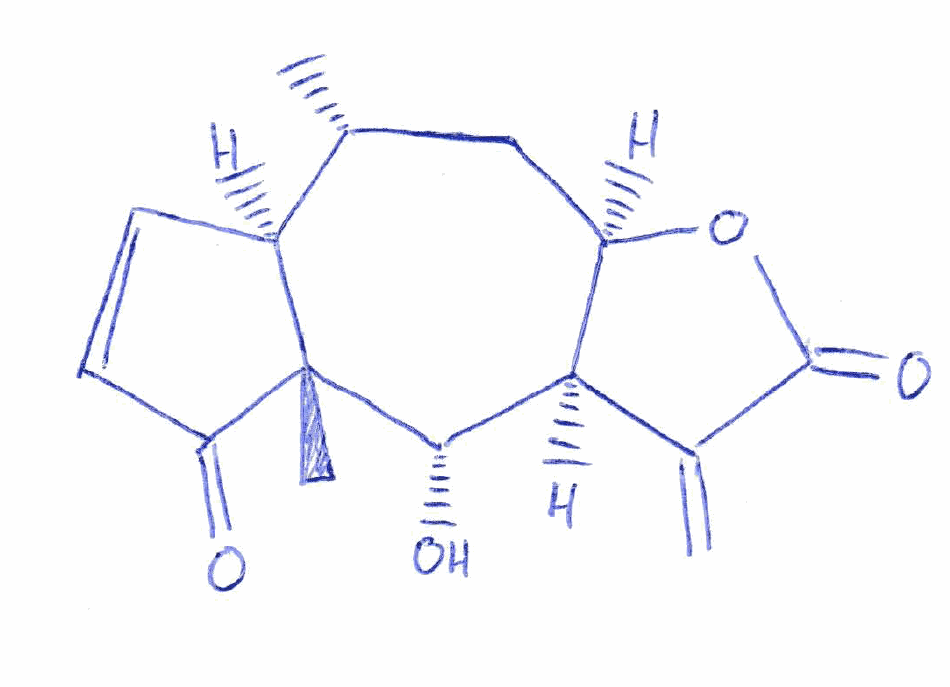
Simplified molecular-input line-entry system (SMILES) notation of the given molecule:
C[C@@H]1C[C@@H]2[C@H]([C@@H]([C@]3([C@H]1C=CC3=O)C)O)C(=C)C(=O)O2